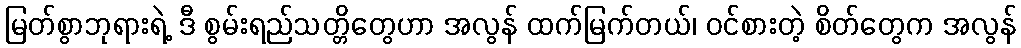
မြတ်စွာဘုရားရဲ့ ဒီ စွမ်းရည်သတ္တိတွေဟာ အလွန် ထက်မြက်တယ်၊ ဝင်စားတဲ့ စိတ်တွေက အလွန်